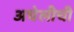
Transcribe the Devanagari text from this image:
अधेलीची